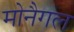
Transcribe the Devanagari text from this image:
मोनैगल